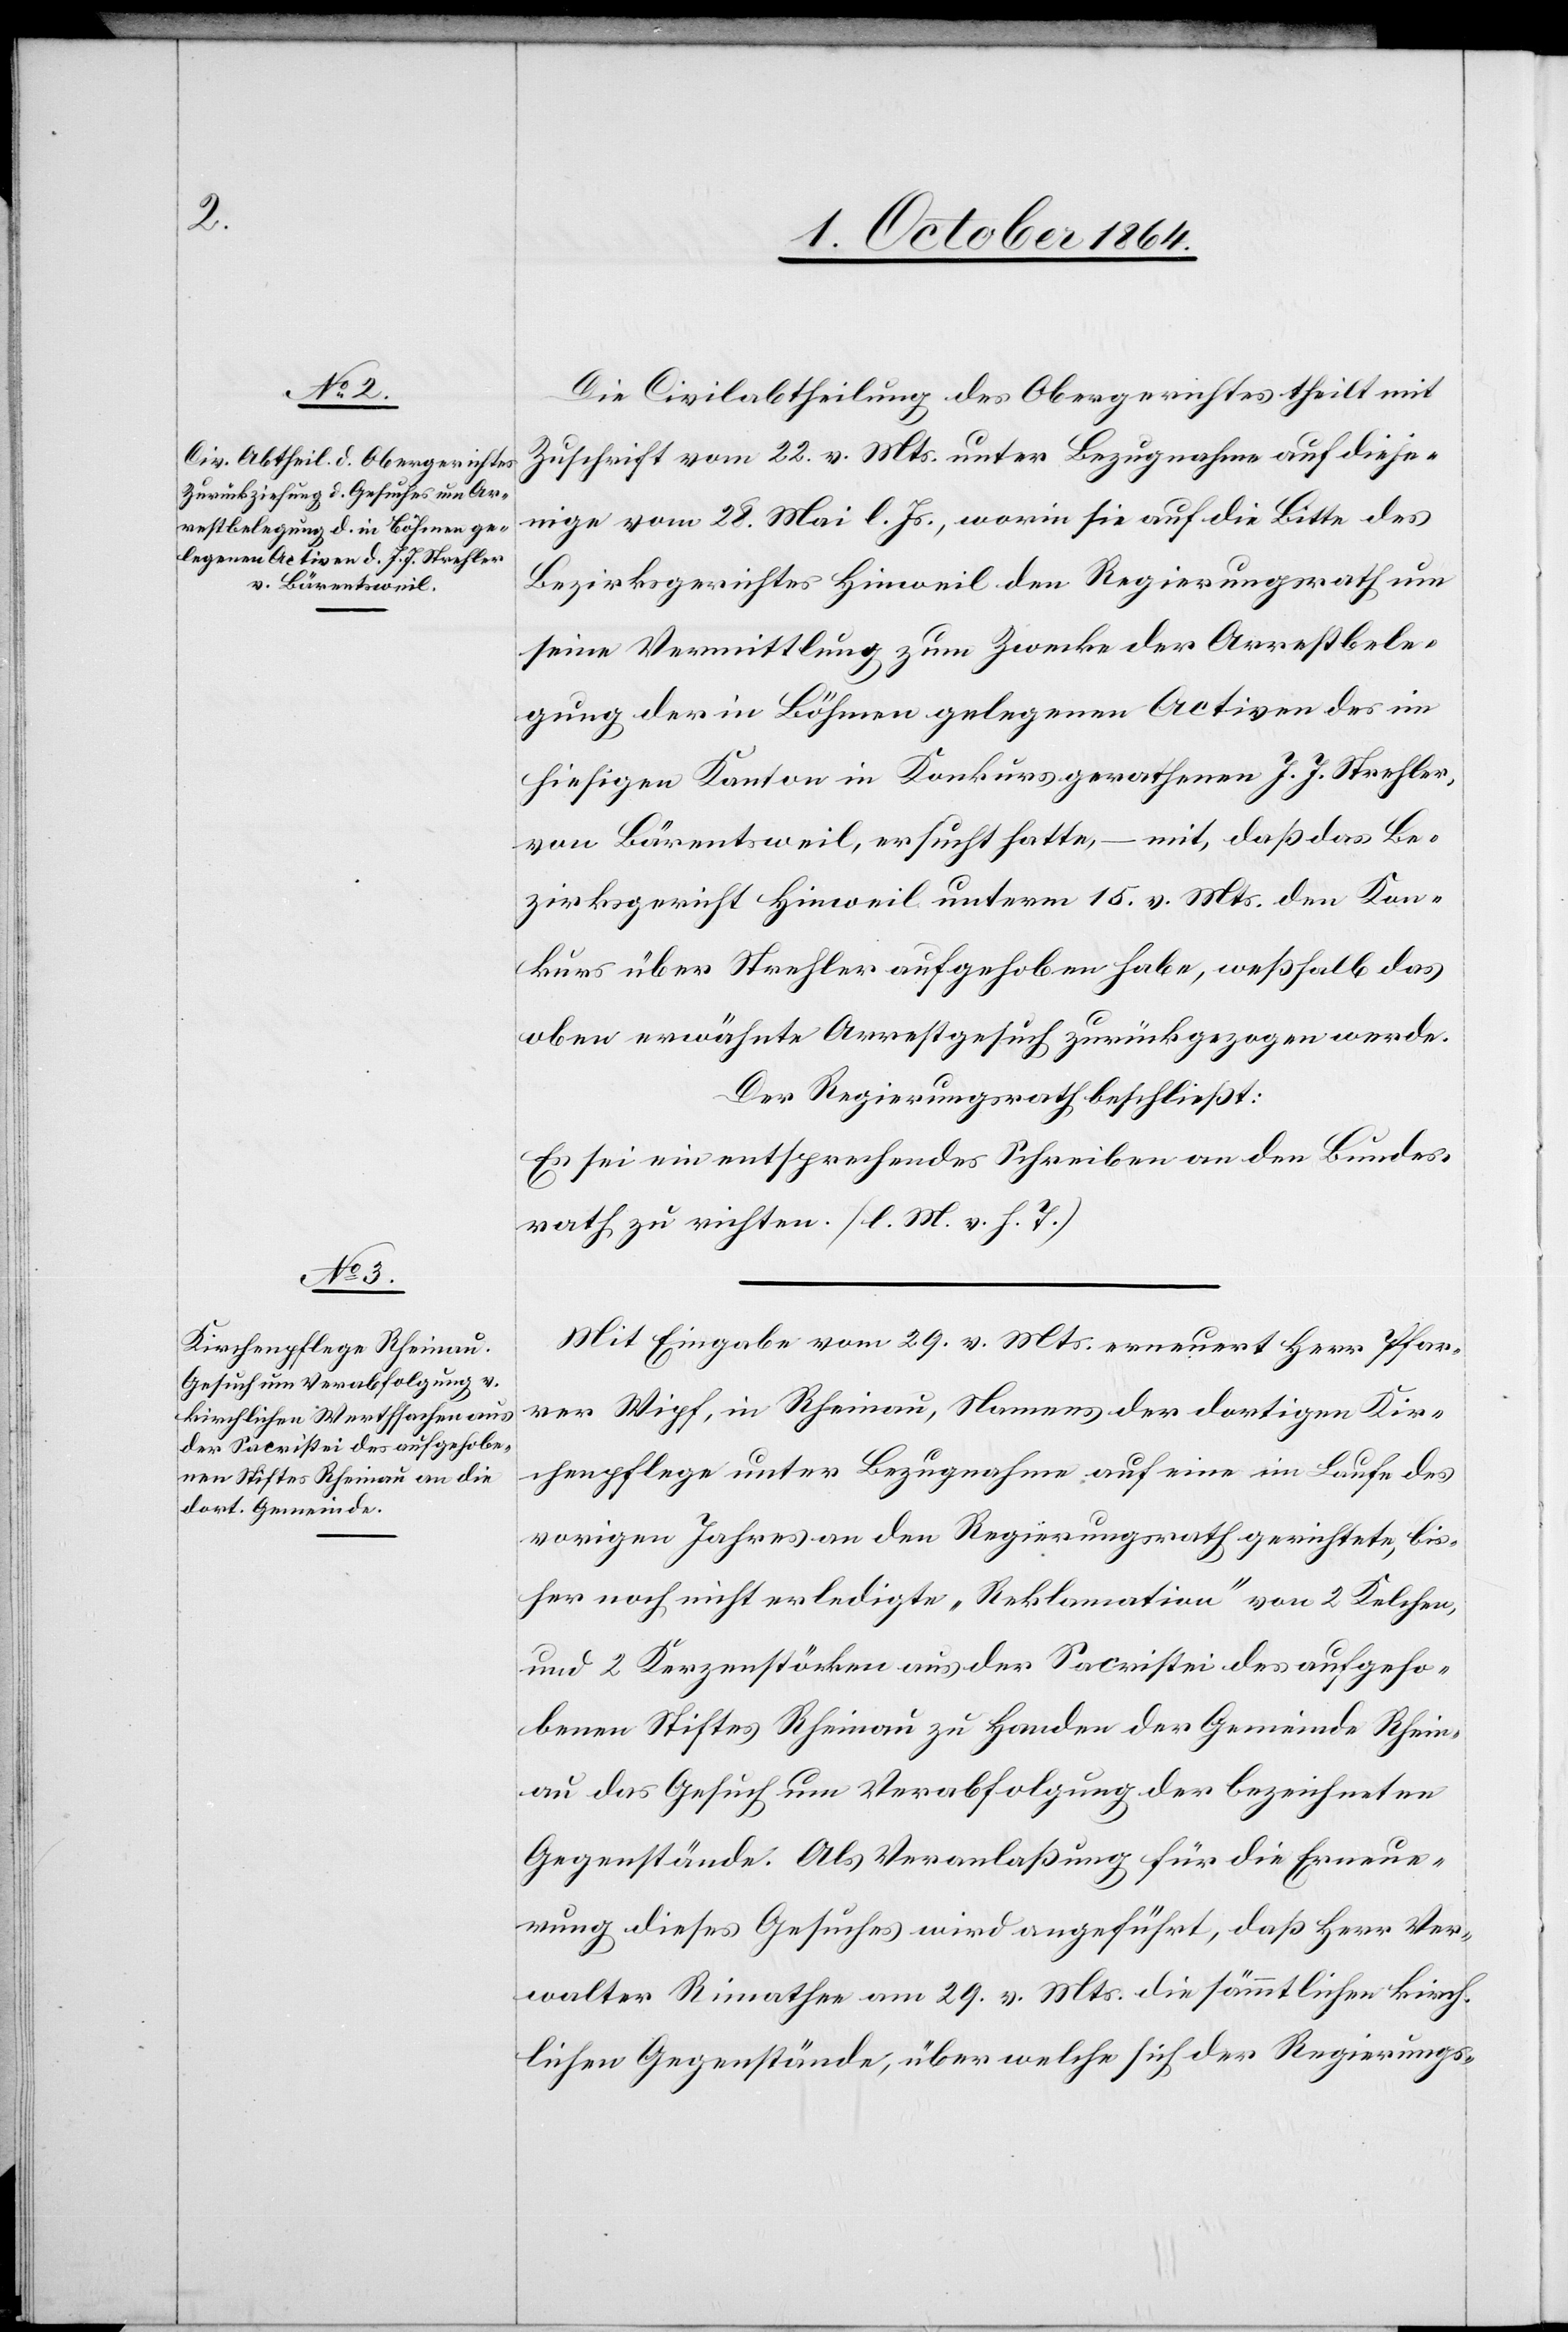
Die Civilabtheilung des Obergerichtes theilt mit
Zuschrift vom 22. v. Mts. unter Bezugnahme auf dieje¬
nige vom 28. Mai l. Js., worin sie auf die Bitte des
Bezirksgerichtes Hinweil den Regierungsrath um
seine Vermittlung zum Zwecke der Arrestbele¬
gung der in Böhmen gelegenen Activen des im
hiesigen Kanton in Konkurs gerathenen J. J. Strehler,
von Bärentsweil, ersucht hatte, – mit, daß das Be¬
zirksgericht Hinweil unterm 15. v. Mts. den Kon¬
kurs über Strehler aufgehoben habe, weßhalb das
oben erwähnte Arrestgesuch zurückgezogen werde.
Der Regierungsrath beschließt:
Es sei ein entsprechendes Schreiben an den Bundes¬
rath zu richten. [l. M. v. h. T.]
Mit Eingabe vom 29. v. Mts. erneuert Herr Pfar¬
rer Wipf, in Rheinau, Namens der dortigen Kir¬
chenpflege unter Bezugnahme auf eine im Laufe des
vorigen Jahres an den Regierungsrath gerichtete, bis¬
her noch nicht erledigte „Reklamation“ von 2 Kelchen,
und 2 Kerzenstöcken aus der Sakristei des aufgeho¬
benen Stiftes Rheinau zu Handen der Gemeinde Rhein¬
au das Gesuch um Verabfolgung der bezeichneten
Gegenstände. Als Veranlaßung für die Erneue¬
rung dieses Gesuches wird angeführt, daß Herr Ver¬
walter Rimather am 29. v. Mts. die sämmtlichen kirch¬
lichen Gegenstände, über welche sich der Regierungs-